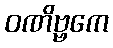
ဝဏိဗ္ဗကေ